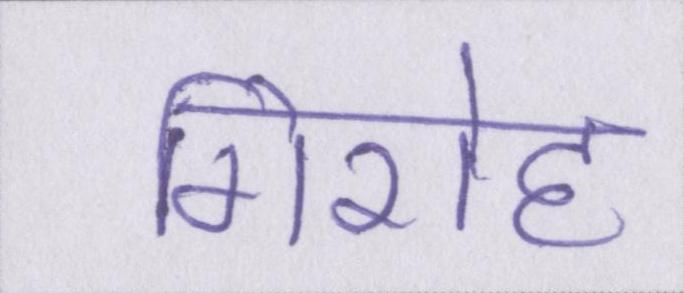
गिरोह